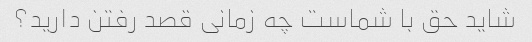
شاید حق با شماست چه زمانی قصد رفتن دارید؟